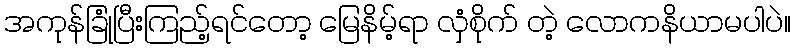
အကုန်ခြုံပြီးကြည့်ရင်တော့ မြေနိမ့်ရာ လှံစိုက် တဲ့ လောကနိယာမပါပဲ။